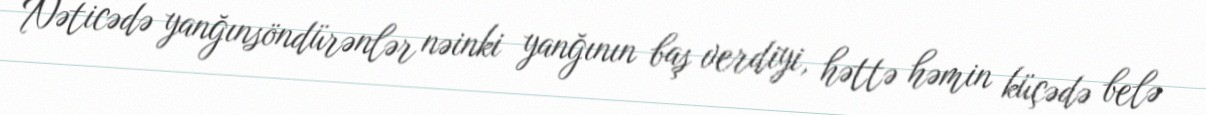
Nəticədə yanğınsöndürənlər nəinki yanğının baş verdiyi, həttə həmin küçədə belə